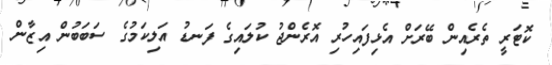
ކޮޓަރީ ތެރެއިން ބޭރަށް އެޅިފައިހުރި އޮރެންޖު ކުލައިގެ ފަނޑު އަލިކަމުގެ ސަބަބުން އިޒާން